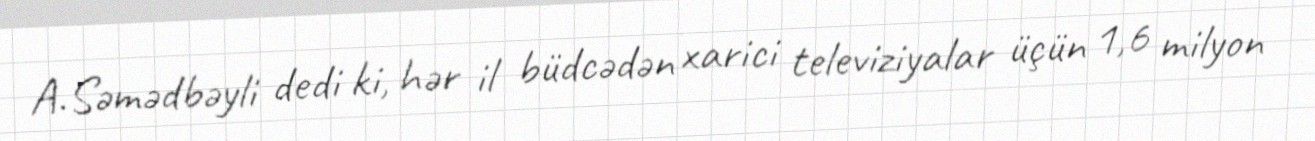
A.Səmədbəyli dedi ki, hər il büdcədən xarici televiziyalar üçün 1,6 milyon